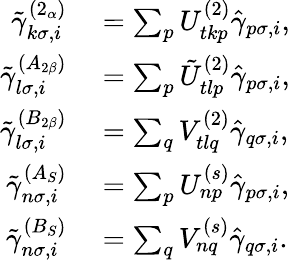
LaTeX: \begin{array}{rl}{\tilde{\gamma}_{k\sigma,i}^{(2_{\alpha})}}&{{}=\sum_{p}U_{tkp}^{(2)}\hat{\gamma}_{p\sigma,i},}\\ {\tilde{\gamma}_{l\sigma,i}^{(A_{2\beta})}}&{{}=\sum_{p}\tilde{U}_{tlp}^{(2)}\hat{\gamma}_{p\sigma,i},}\\ {\tilde{\gamma}_{l\sigma,i}^{(B_{2\beta})}}&{{}=\sum_{q}V_{tlq}^{(2)}\hat{\gamma}_{q\sigma,i},}\\ {\tilde{\gamma}_{n\sigma,i}^{(A_{S})}}&{{}=\sum_{p}U_{np}^{(s)}\hat{\gamma}_{p\sigma,i},}\\ {\tilde{\gamma}_{n\sigma,i}^{(B_{S})}}&{{}=\sum_{q}V_{nq}^{(s)}\hat{\gamma}_{q\sigma,i}.}\end{array}